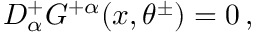
{ \cal D } _ { \alpha } ^ { + } G ^ { + \alpha } ( x , \theta ^ { \pm } ) = 0 \, ,